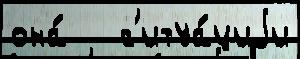
она́   с'итуа́циjи